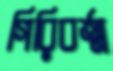
গিরিবর্ত্ম